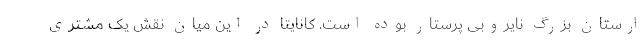
ارستان بزرگ نایروبی پرستار بوده است. کانایتا در این میان نقش یک مشتری